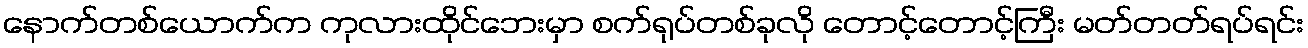
နောက်တစ်ယောက်က ကုလားထိုင်ဘေးမှာ စက်ရုပ်တစ်ခုလို တောင့်တောင့်ကြီး မတ်တတ်ရပ်ရင်း